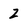
Character: 2